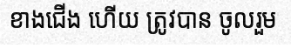
ខាងជើង ហើយ ត្រូវបាន ចូលរួម